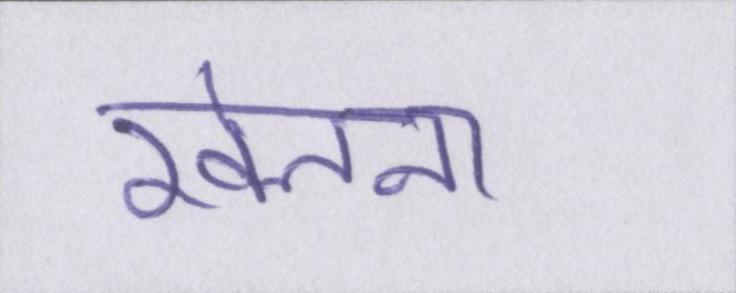
खेलना